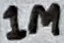
Text: 1M